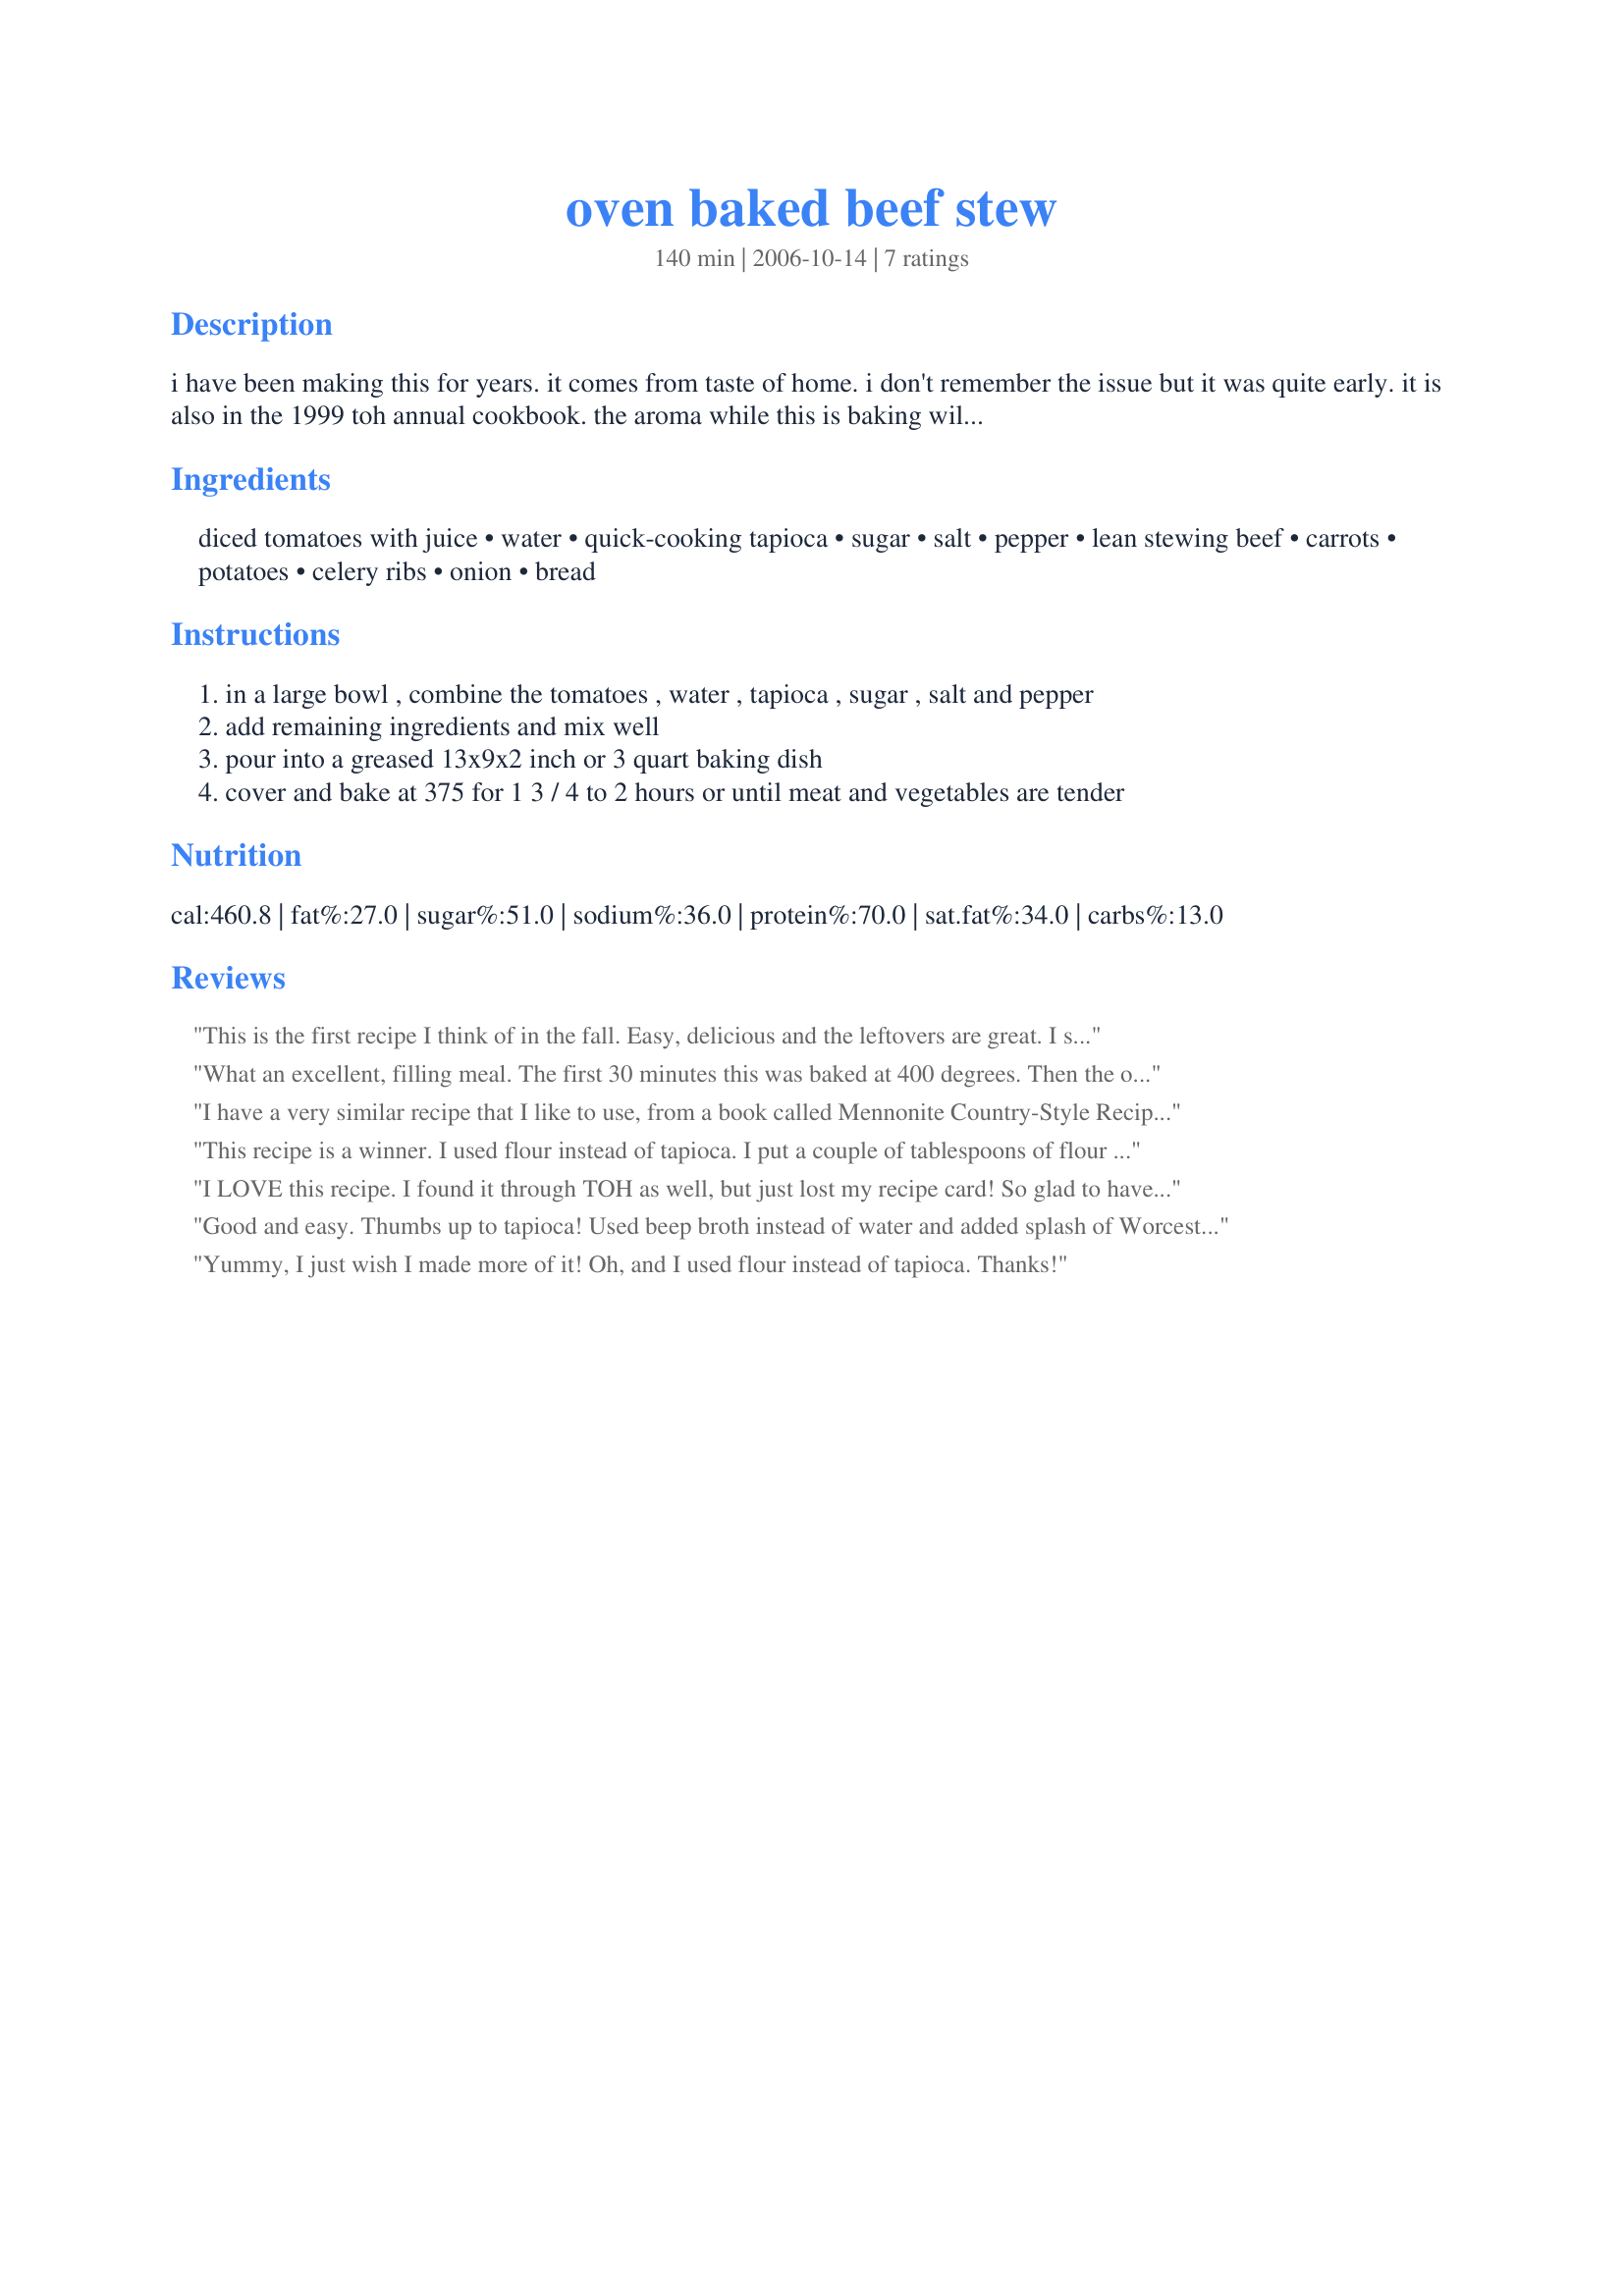
oven baked beef stew
Preparation time: 140 minutes

i have been making this for years. it comes from taste of home. i don't remember the issue but it was quite early. it is also in the 1999 toh annual cookbook. the aroma while this is baking will drive you insane. this is a great cold weather stew that you will make many times over!

Ingredients:
diced tomatoes with juice, water, quick-cooking tapioca, sugar, salt, pepper, lean stewing beef, carrots, potatoes, celery ribs, onion, bread

Steps:
in a large bowl , combine the tomatoes , water , tapioca , sugar , salt and pepper
add remaining ingredients and mix well
pour into a greased 13x9x2 inch or 3 quart baking dish
cover and bake at 375 for 1 3 / 4 to 2 hours or until meat and vegetables are tender

Reviews:
This is the first recipe I think of in the fall. Easy, delicious and the leftovers are great. I serve this with a loaf of Peasant bread.
What an excellent, filling meal. The first 30 minutes this was baked at 400 degrees. Then the oven was lowered to 375 degrees for the last 1 hour and 15 minutes of baking. I did stir the dish half way through so the middle would cook. Thanks for a great recipe. Made for Zaar Chef Alphabet Soup (July '10-Jan '11)
I have a very similar recipe that I like to use, from a book called Mennonite Country-Style Recipes. I use 28 oz tomatoes, and 2 cups beef broth instead of water. Same amount of tapioca still gives a thick saucy base. I brown the beef in a skillet before putting in casserole dish. I use just 1 lb. beef, a clove of minced garlic, 2 cups shredded cabbage, 1/4 cup chopped bell pepper, and substitute parsnips for half the carrots. No bread or potatoes. Then I like to add more flavor to what's listed with Italian seasoning and a salt-free steak seasoning. Thanks for posting this!
This recipe is a winner. I used flour instead of tapioca. I put a couple of tablespoons of flour in a baggie and coated the beef in the flour then I browned it. I mixed 3 tablespoons of flour into the cold water and stirred it until the lumps were all gone. Then I just mixed all the ingrediens togther and put into a 9 x 13 pan which I had sprayed. I did not used the bread. Family does not like celery cooked so I also omitted that. The flavor of this dish is wonderful. I don't really like beef stew and I loved this. I will be making this again in the near future. Thank you for posting this.
I LOVE this recipe. I found it through TOH as well, but just lost my recipe card! So glad to have found it here. I am planning on making it for a ladies book group I'm hosting and was in a panic. I was surprised when I first made this that there were no additional herbs or spices listed, but it really doesn't need anything else! We like this stew with homemade whole wheat bread.
Good and easy. Thumbs up to tapioca! Used beep broth instead of water and added splash of Worcester sauce.
Yummy, I just wish I made more of it! Oh, and I used flour instead of tapioca. Thanks!
